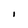
Character: I